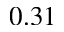
0 . 3 1